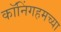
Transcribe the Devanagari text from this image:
कॉनिंगहमच्या